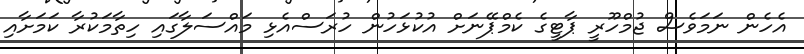
އެހެން ނަމަވެސް ޖުމްހޫރީ ޕާޓީގެ ކެމްޕޭނަށް އުކުޅަހުން ހުރަސްއެޅި މައްސަލާގައި ހިތާމަކުރާ ކަމަށާއި